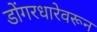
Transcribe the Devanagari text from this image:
डोंगरधारेवरून